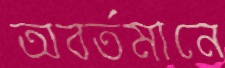
অবর্তমানে